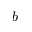
b